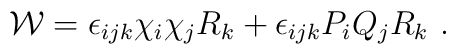
{\cal W}=\epsilon_{ijk} \chi_i \chi_j R_k+\epsilon_{ijk} P_i Q_j R_k~.